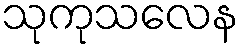
သုကုသလေန